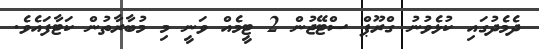
ދެމެދުގައި ކުޅެވުނު ގްރޫޕް ސްޓޭޖުން 2 ޓީމެއް ވަނީ މި މުބާރާތުން ކަޓާފައެވެ.